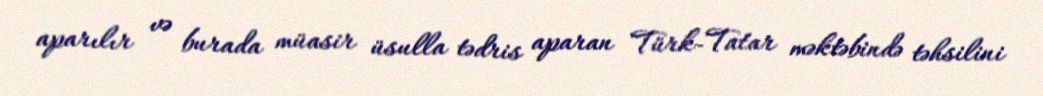
aparılır və burada müasir üsulla tədris aparan Türk-Tatar məktəbində təhsilini